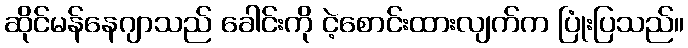
ဆိုင်မန်နေဂျာသည် ခေါင်းကို ငဲ့စောင်းထားလျက်က ပြုံးပြသည်။